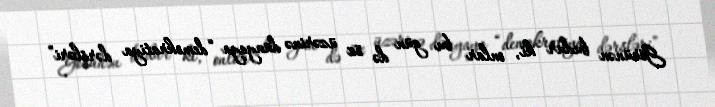
Görünən budur ki, onlar bu gün də öz üzərinə dünyaya “demokratiya dərsləri”